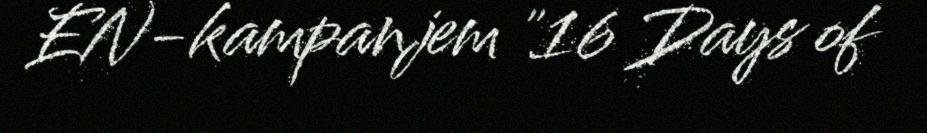
EN-kampanjem "16 Days of